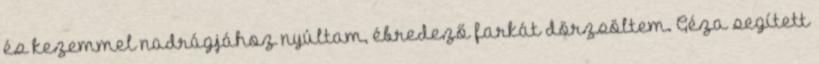
és kezemmel nadrágjához nyúltam, ébredező farkát dörzsöltem. Géza segített